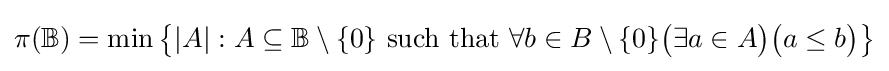
\pi (\mathbb {B} )=\min {\big \{}|A|:A\subseteq \mathbb {B} \setminus \{0\}{\text{ such that }}\forall b\in B\setminus \{0\}{\big (}\exists a\in A{\big )}{\big (}a\leq b{\big )}{\big \}}